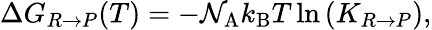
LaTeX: \Delta G_{R\rightarrow P}(T)=-\mathcal{N}_{\mathrm{A}}k_{\mathrm{B}}T\ln\left(K_{R\rightarrow P}\right),